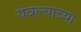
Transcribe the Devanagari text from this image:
येवल्याच्या